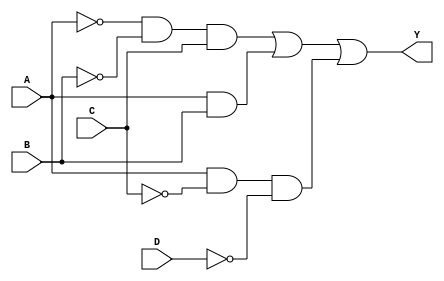
module combinational_logic (
    input wire A,     // Input A
    input wire B,     // Input B
    input wire C,     // Input C
    input wire D,     // Input D
    output wire Y     // Output Y
);

// SOP implementation
wire A_bar;         // NOT A
wire B_bar;         // NOT B
wire C_bar;         // NOT C
wire D_bar;         // NOT D

// Inversion of inputs
not (A_bar, A);
not (B_bar, B);
not (C_bar, C);
not (D_bar, D);

// Min terms
wire minterm1;     // A'B'C (1)
wire minterm2;     // AB (2)
wire minterm3;     // AC'D' (3)

// AND gates for minterms
and (minterm1, A_bar, B_bar, C);     // A'B'C
and (minterm2, A, B);                 // AB
and (minterm3, A, C_bar, D_bar);      // AC'D'

// OR gate to combine minterms
or (Y, minterm1, minterm2, minterm3); // Y = A'B'C + AB + AC'D'

endmodule